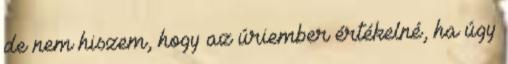
de nem hiszem, hogy az úriember értékelné, ha úgy